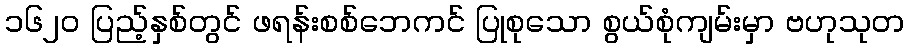
၁၆၂၀ ပြည့်နှစ်တွင် ဖရန်းစစ်ဘေကင် ပြုစုသော စွယ်စုံကျမ်းမှာ ဗဟုသုတ